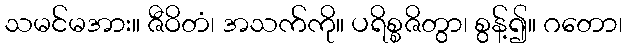
သမင်မအား။ ဇီဝိတံ၊ အသက်ကို။ ပရိစ္စဇိတွာ၊ စွန့်၍။ ဂတော၊